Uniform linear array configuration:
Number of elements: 24
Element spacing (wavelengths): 1
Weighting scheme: exponential
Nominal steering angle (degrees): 60
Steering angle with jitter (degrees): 61.326
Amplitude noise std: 0.05
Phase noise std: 0.05

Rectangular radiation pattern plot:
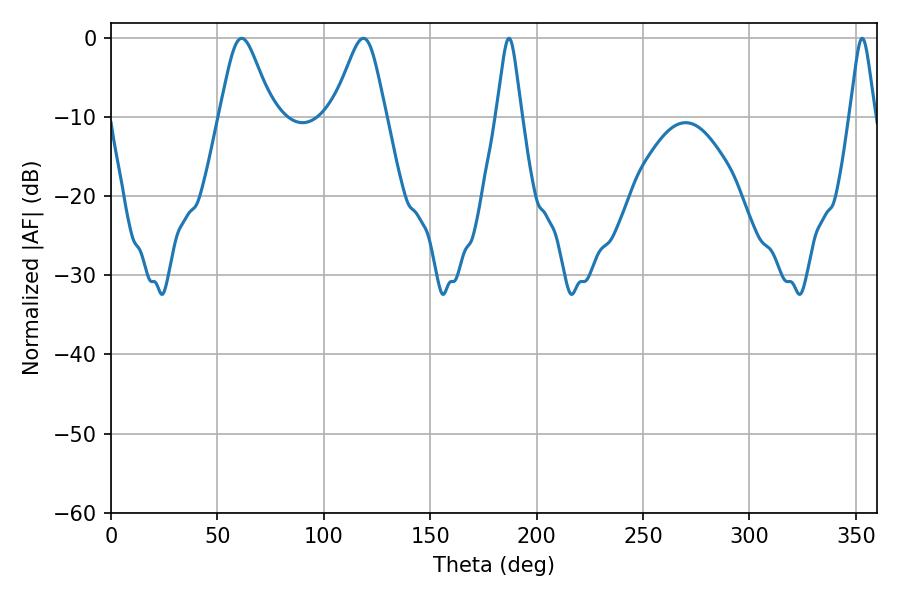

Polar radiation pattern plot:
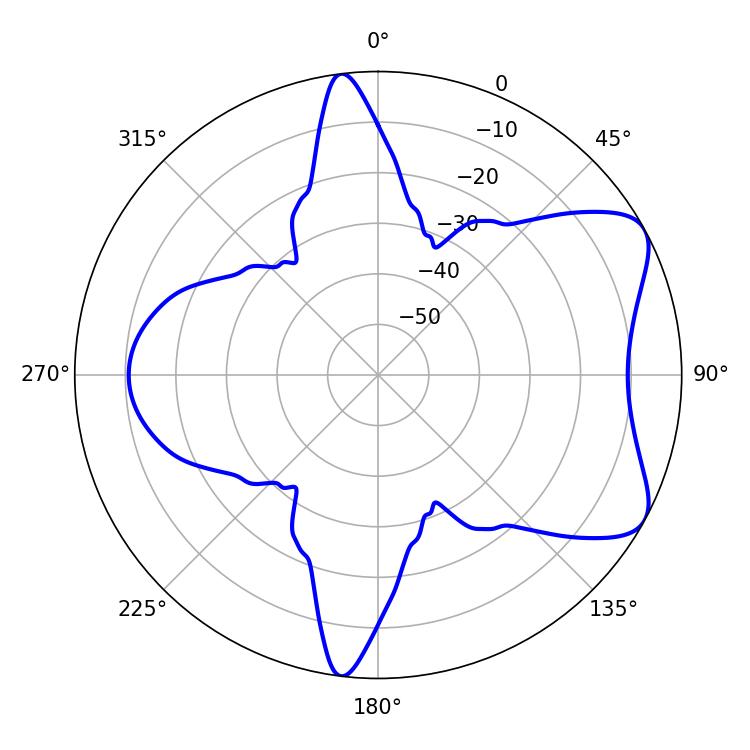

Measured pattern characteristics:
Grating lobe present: TRUE
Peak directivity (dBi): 6.901
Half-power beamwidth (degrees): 12.24
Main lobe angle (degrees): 61.38